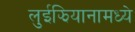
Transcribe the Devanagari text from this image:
लुईझियानामध्ये